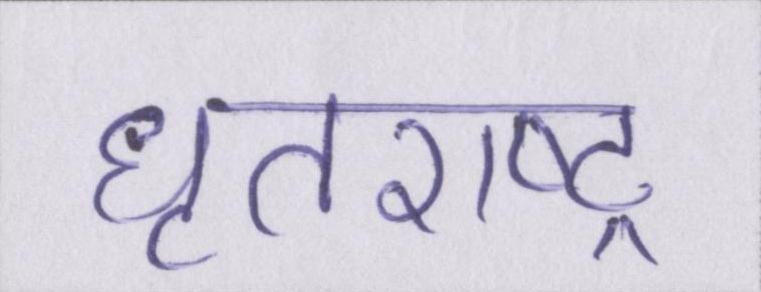
धॄतराष्ट्र